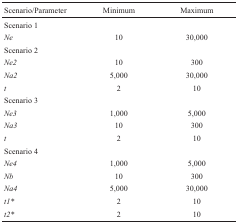
| Scenario/Parameter | Minimum | Maximum |
 | --- | --- | --- |
 | Scenario 1 |  |  |
 | Ne | 10 | 30,000 |
 | Scenario 2 |  |  |
 | Ne2 | 10 | 300 |
 | Na2 | 5,000 | 30,000 |
 | t | 2 | 10 |
 | Scenario 3 |  |  |
 | Ne3 | 1,000 | 5,000 |
 | Na3 | 10 | 300 |
 | t | 2 | 10 |
 | Scenario 4 |  |  |
 | Ne4 | 1,000 | 5,000 |
 | Nb | 10 | 300 |
 | Na4 | 5,000 | 30,000 |
 | t1* | 2 | 10 |
 | t2* | 2 | 10 |